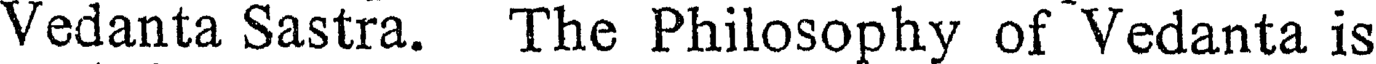
Vedanta Sastra. The Philosophy of Vedanta is